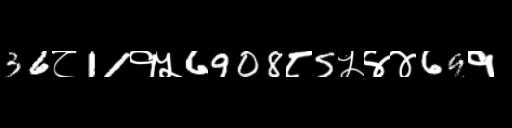
Text: 36८11१५6908८5५४४69१